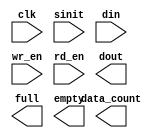
module fifo_sync32d (
	clk,
	sinit,
	din,
	wr_en,
	rd_en,
	dout,
	full,
	empty,
	data_count);    // synthesis syn_black_box

input clk;
input sinit;
input [31 : 0] din;
input wr_en;
input rd_en;
output [31 : 0] dout;
output full;
output empty;
output [1 : 0] data_count;

// synopsys translate_off

	SYNC_FIFO_V4_0 #(
		2,	// c_dcount_width
		0,	// c_enable_rlocs
		1,	// c_has_dcount
		0,	// c_has_rd_ack
		0,	// c_has_rd_err
		0,	// c_has_wr_ack
		0,	// c_has_wr_err
		0,	// c_memory_type
		0,	// c_ports_differ
		1,	// c_rd_ack_low
		1,	// c_rd_err_low
		32,	// c_read_data_width
		32,	// c_read_depth
		32,	// c_write_data_width
		32,	// c_write_depth
		1,	// c_wr_ack_low
		1)	// c_wr_err_low
	inst (
		.CLK(clk),
		.SINIT(sinit),
		.DIN(din),
		.WR_EN(wr_en),
		.RD_EN(rd_en),
		.DOUT(dout),
		.FULL(full),
		.EMPTY(empty),
		.DATA_COUNT(data_count),
		.RD_ACK(),
		.WR_ACK(),
		.RD_ERR(),
		.WR_ERR());


// synopsys translate_on

endmodule